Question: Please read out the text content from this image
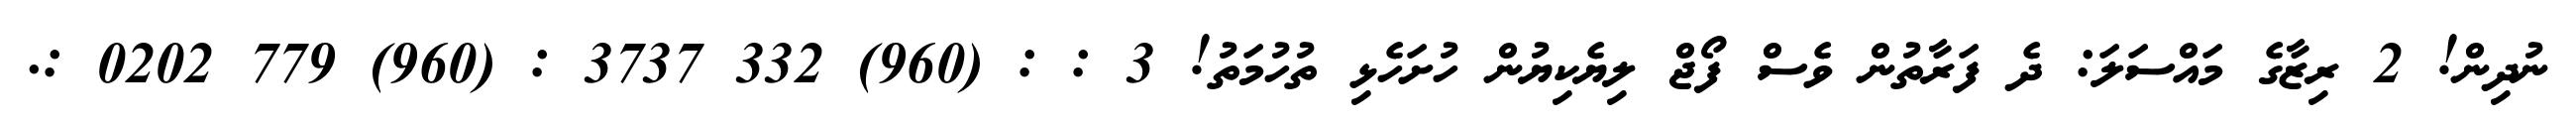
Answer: ނުދިން! 2 ރިޒާގެ މައްސަލަ: ދެ ފަރާތުން ވެސް ފޯޖް ލިޔެކިޔުން ހުށަހެޅި ތުހުމަތު! 3 : : (960) 332 3737 : (960) 779 0202 :.